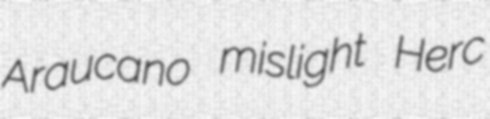
Araucano mislight Herc